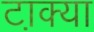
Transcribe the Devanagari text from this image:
टा़क्या